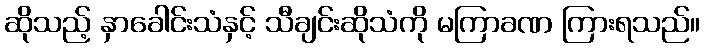
ဆိုသည့် နှာခေါင်းသံနှင့် သီချင်းဆိုသံကို မကြာခဏ ကြားရသည်။